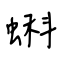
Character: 蝌